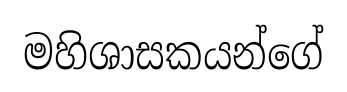
මහිශාසකයන්ගේ